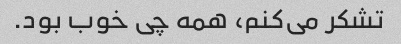
تشکر می‌کنم، همه چی خوب بود.